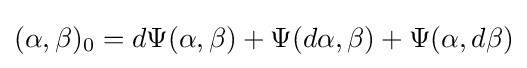
(\alpha ,\beta )_{0}=d\Psi (\alpha ,\beta )+\Psi (d\alpha ,\beta )+\Psi (\alpha ,d\beta )